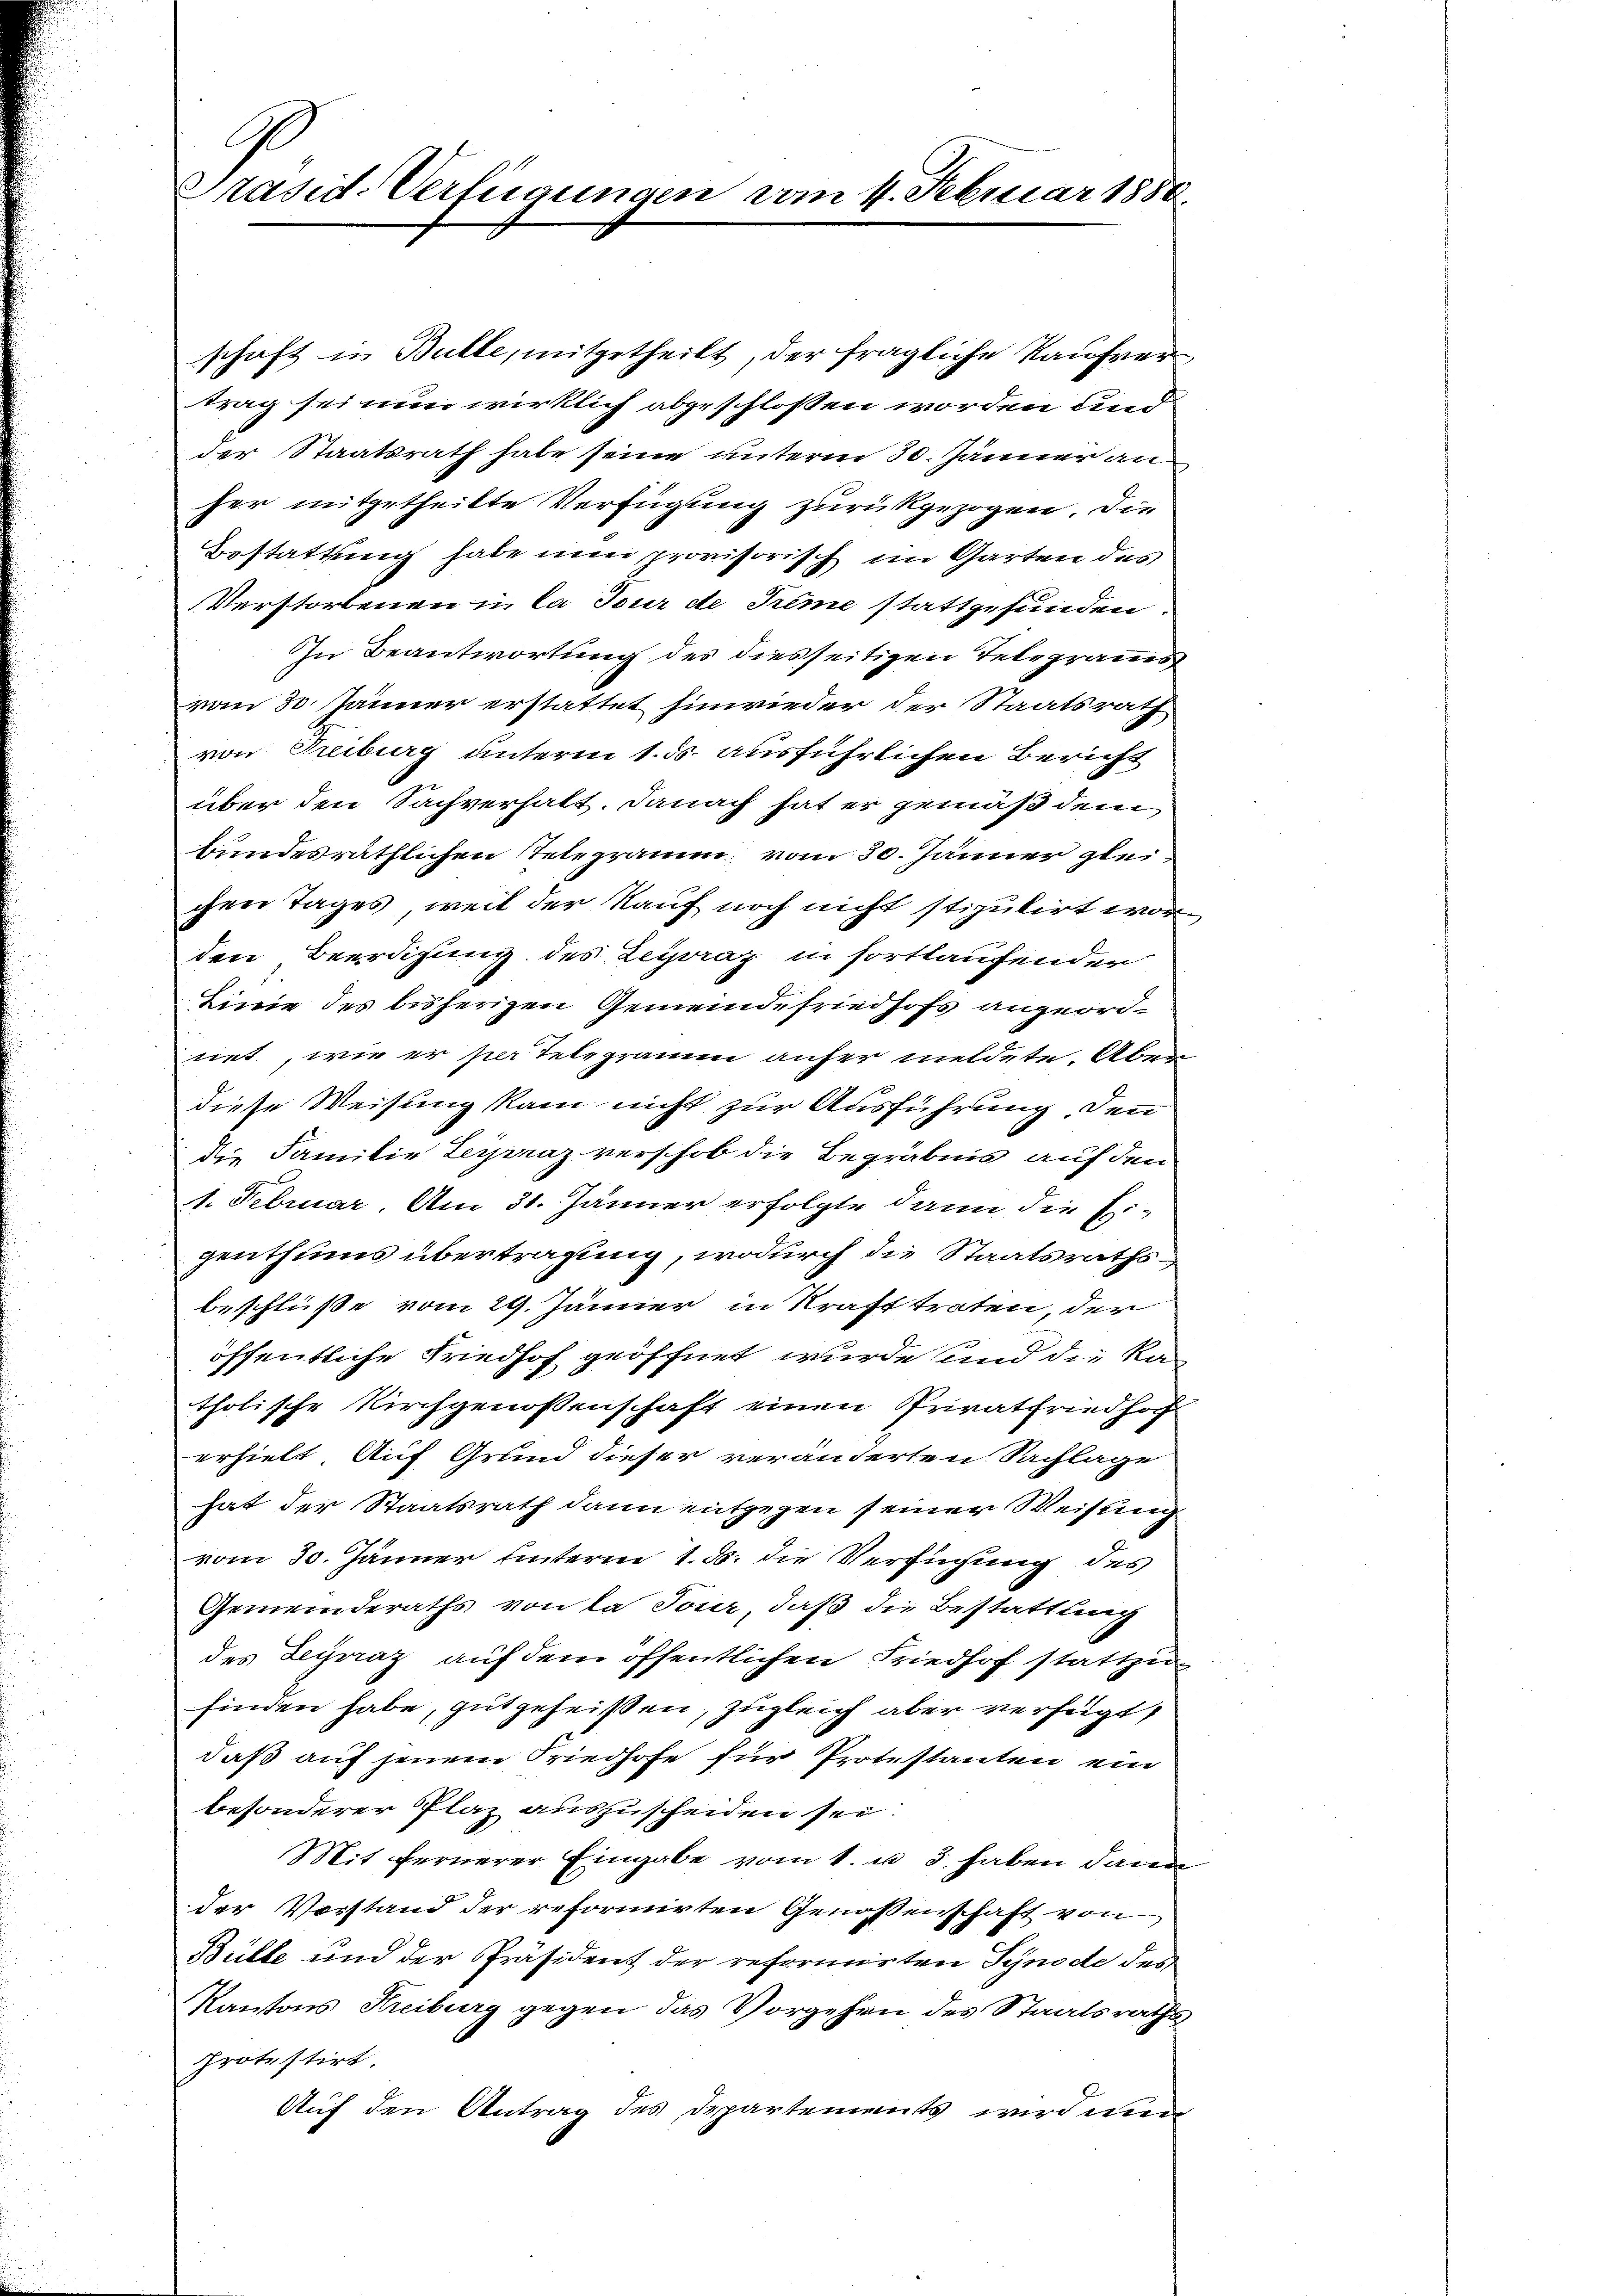
Präsid-Verfügungen vom 4. Februar 1850.

schaft in Bulle, mitgetheilt, der fragliche Kaufvertrag sei nun wirklich abgeschlossen worden und
der Staatsrath habe seine unterm 30. Jänner au
her mitgetheilte Verfügung zurückgezogen. Die
Bestattung habe nun provisorisch im Garten des
Verstorbenen i la jour de Sume stattgefunden.
In Beantwortung des diesseitigen Telegramms
vom 30. Jänner erstattet hinwieder der Staatsrath
von Treiburg unterm 1. ds. ausführlichen Bericht
über den Sachverhalt. Danach hat er gemäß dem
bundesräthlichen Telegramm vom 30. Jänner gleichen Tages, weil der Kauf noch nicht stipulirt worden Beerdigung des Leyoraz in fortlaufender
Linie des bisherigen Gemeindefriedhofs angeordnet, wie er per Telegramm anher meldete. Aber
diese Weisung kam nicht zur Ausführung den
die Familie Leipzraz verschob die Begräbnis auf den
1. Februar. Am 31. Jänner erfolgte dann die Eigenthums übertragung, wodurch die Staatsrathsbeschluße vom 29. Jänner in Kraft traten, der
öffentliche Friedhof geöffnet wurde und die Katholische Kirchgenossenschaft einen Privatfriedhof
erhielt Auf Grund dieser veränderten Sachlage
hat der Staatsrath dann entgegen seiner Weisung
vom 30. Jänner unterm 1. d. die Verfügung des
Gemeinderaths von la Tour, daß die Bestattung
des Legraz auf dem öffentlichen Friedhof stattzufinden habe, gutgeheißen, zugleich aber verfügt
daß auf jenem Friedhofe für Protestanten ein
besonderer Plaz auszuscheiden sei.
Mit fernerer Eingabe vom 1. u 3. haben daran
der Vorstand der reformirten Genossenschaft von
Bülle und der Präsident der reformirten Synode des
KKantons Kreiburg gegen das Vorgehen des Staatsrathsprotestirt.
Auf den Antrag des Departements wird mi